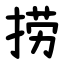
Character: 捞